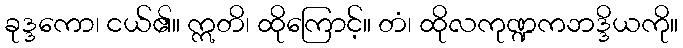
ခုဒ္ဒကော၊ ငယ်၏။ ဣတိ၊ ထိုကြောင့်။ တံ၊ ထိုလကုဏ္ဍကဘဒ္ဒိယကို။